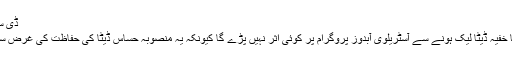
ڈی سی این ایس جدید دفاعی بحری مصنوعات تیار کرتی ہے
خاتون ترجمان کا مزید کہنا تھا کہ بھارتی دستاویزات کا خفیہ ڈیٹا لیک ہونے سے آسٹریلوی آبدوز پروگرام پر کوئی اثر نہیں پڑے گا کیونکہ یہ منصوبہ حساس ڈیٹا کی حفاظت کی غرض سے آسٹریلوی حکومت کے زیر نگرانی چلایا جا رہا ہے۔